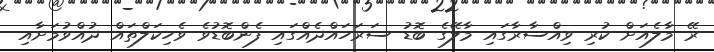
ރޭ މާލެއަށް ކުރި ވިއްސާރާގައި މާލޭގެ ބޮޑު ސަރަހައްދެއްގައި ފެންބޮޑުވެ ވެހިކަލްތައް ދުއްވުމަށާއި